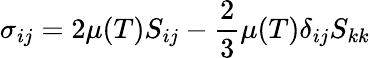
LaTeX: \sigma_{ij}=2\mu(T)S_{ij}-{\frac{2}{3}}\mu(T)\delta_{ij}S_{kk}